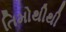
તિમોથીથી